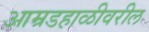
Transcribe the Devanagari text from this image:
आम्रडहाळीवरील